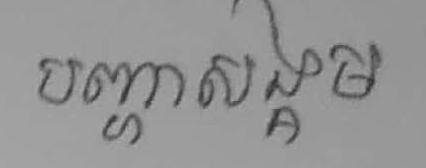
បញ្ហាសង្គម